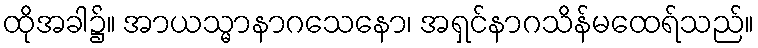
ထိုအခါ၌။ အာယသ္မာနာဂသေနော၊ အရှင်နာဂသိန်မထေရ်သည်။